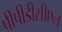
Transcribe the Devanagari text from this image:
पीपीडीसीएल